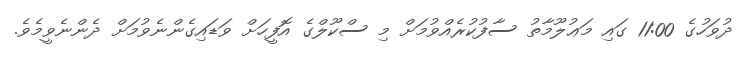
ދުވަހުގެ 11:00 ގައި މަޢުލޫމާތު ސާފުކުރެއްވުމަށް މި ސްކޫލްގެ އޮފީހަށް ވަޑައިގެންނެވުމަށް ދެންނެވީމެވެ.